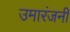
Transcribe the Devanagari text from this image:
उमारंजनी